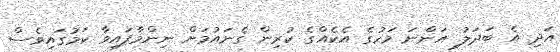
އަދި އެ ބަދަލު އަންނަ މަހުގެ އެކެއްގެ ކުރިން ގެނައުމަށް ނިންމާފައިވާ ކަމުގައިވެސް